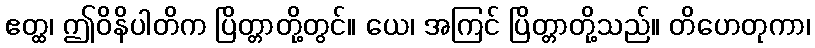
ဧတ္ထ၊ ဤဝိနိပါတိက ပြိတ္တာတို့တွင်။ ယေ၊ အကြင် ပြိတ္တာတို့သည်။ တိဟေတုကာ၊